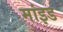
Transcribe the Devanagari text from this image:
मांइड